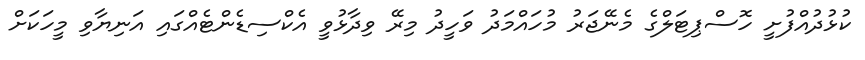
ކުޅުދުއްފުށީ ހޮސްޕިޓަލްގެ މެނޭޖަރު މުހައްމަދު ވަހީދު މިރޭ ވިދާޅުވީ އެކްސިޑެންޓެއްގައި އަނިޔާވި މީހަކަށް